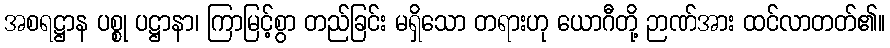
အစရဋ္ဌာန ပစ္စု ပဋ္ဌာနာ၊ ကြာမြင့်စွာ တည်ခြင်း မရှိသော တရားဟု ယောဂီတို့ ဉာဏ်အား ထင်လာတတ်၏။